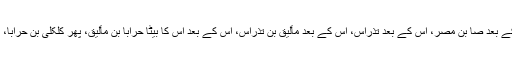
پھر اس کا بھائی اتریب بن مصر، اس کے بعد صا بن مصر، اس کے بعد تذراس، اس کے بعد مألیق بن تذراس، اس کے بعد اس کا بیٹا حرابا بن مألیق، پھر کلکلی بن حرابا، پھر حربیا نے آ کر بادشاہت کو سنبھالا۔